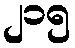
၂၁၅